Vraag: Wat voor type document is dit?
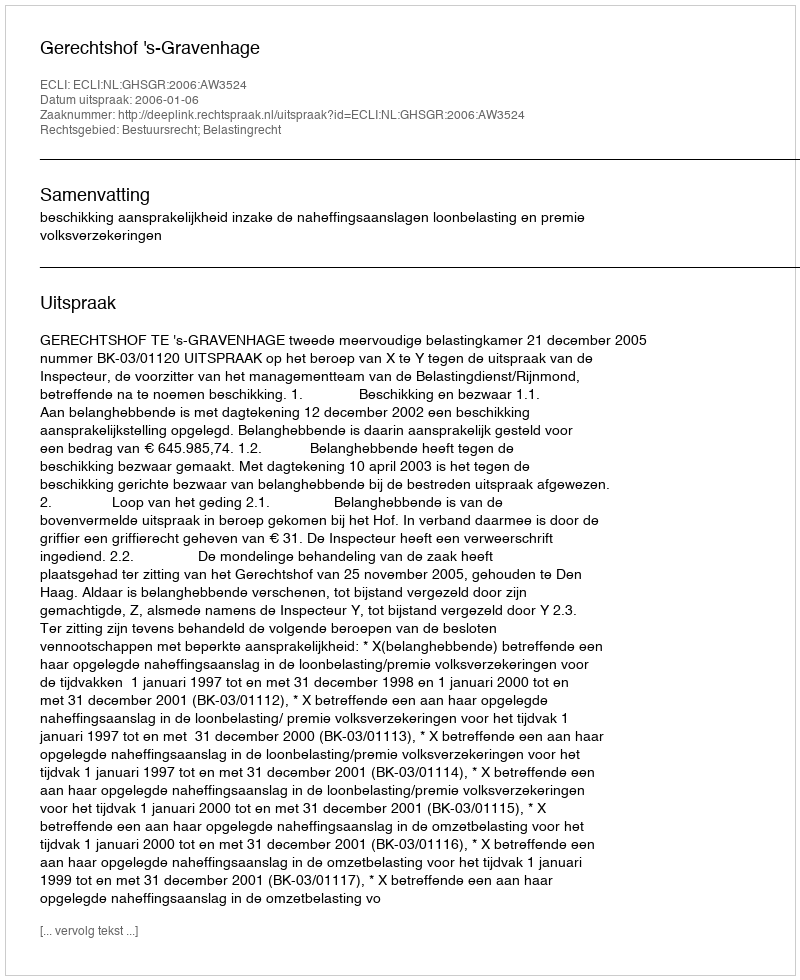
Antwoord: Uitspraak